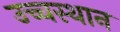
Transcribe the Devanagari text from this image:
उच्चस्थान